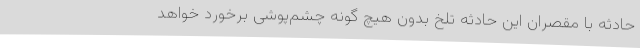
حادثه با مقصران این حادثه تلخ بدون هیچ گونه چشم‌پوشی برخورد خواهد